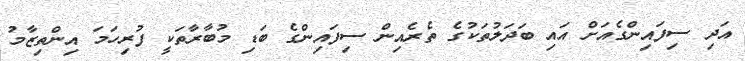
އަދި ސިފައިންގެއަށް އައި ބަދަލުތަކުގެ ތެރެއިން ސިފައިންގެ ބަޑި މުބާރާތަކީ ފުރިހަމަ އިންތިޒާމު